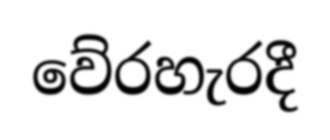
වේරහැරදී